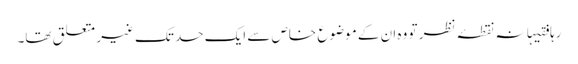
رہا فقیہانہ نقطۂ نظر تو وہ ان کے موضوع ِ خاص سے ایک حد تک غیر متعلق تھا۔